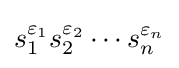
s_{1}^{\varepsilon _{1}}s_{2}^{\varepsilon _{2}}\cdots s_{n}^{\varepsilon _{n}}